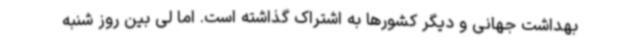
بهداشت جهانی و دیگر کشورها به اشتراک گذاشته است. اما لی بین روز شنبه